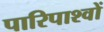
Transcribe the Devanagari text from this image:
पारिपाश्वों